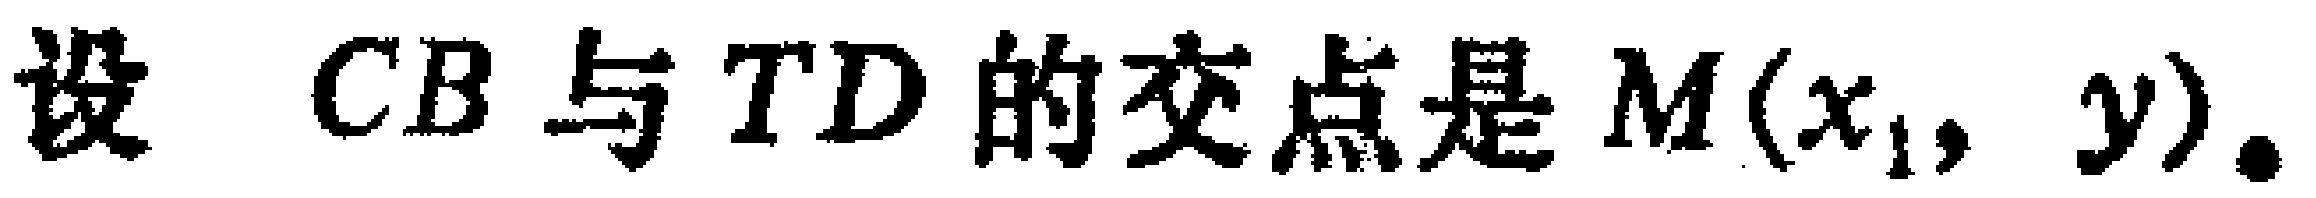
设 \(CB\) 与 \(TD\) 的交点是 \(M(x_{1},y)\).